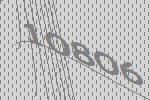
10806